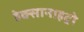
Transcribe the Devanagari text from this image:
हेक्सानाइट्रो